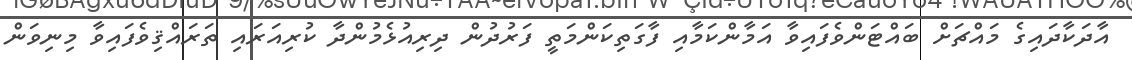
އާދަކާދައިގެ މައްޗަށް ބައްޓަންވެފައިވާ އަމާންކަމާއި ފާގަތިކަންމަތީ ފަރުދުން ދިރިއުޅެމުންދާ ކުރިއަރައި ތަރައްޤިވެފައިވާ މިނިވަން